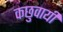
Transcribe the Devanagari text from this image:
कछुवायी